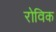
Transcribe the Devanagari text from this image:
रोविक